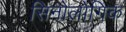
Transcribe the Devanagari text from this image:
सिनोलोगिक